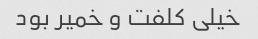
خیلی کلفت و خمیر بود